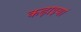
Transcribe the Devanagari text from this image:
कढ़ाइयां